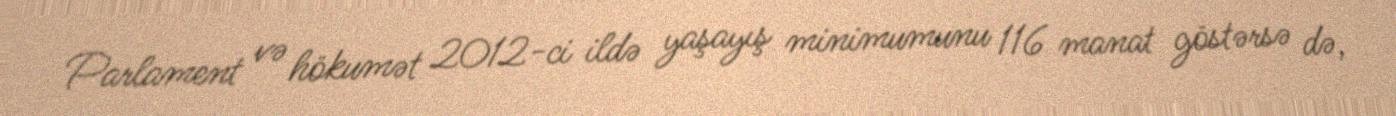
Parlament və hökumət 2012-ci ildə yaşayış minimumunu 116 manat göstərsə də,